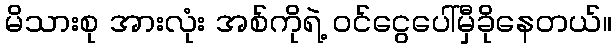
မိသားစု အားလုံး အစ်ကိုရဲ့ ဝင်ငွေပေါ်မှီခိုနေတယ်။